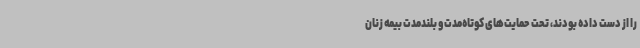
را از دست داده بودند، تحت حمایت‌های کوتاه‌مدت و بلندمدت بیمه زنان